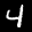
Label: 4